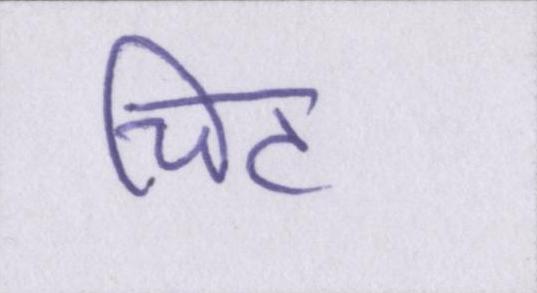
चिट